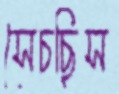
সেচছিস